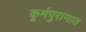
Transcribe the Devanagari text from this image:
कूर्मपुराणात